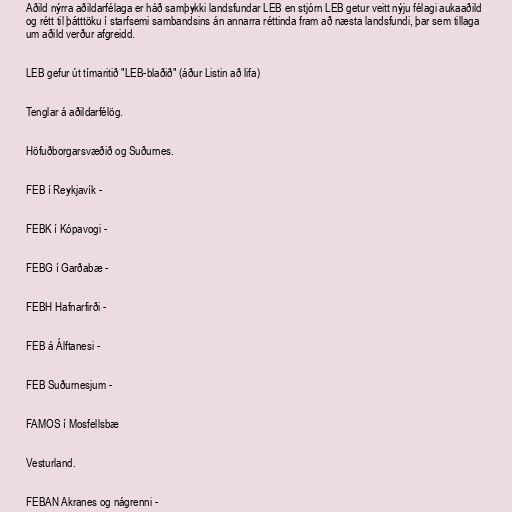
Aðild nýrra aðildarfélaga er háð samþykki landsfundar LEB en stjórn LEB getur veitt nýju félagi aukaaðild
og rétt til þátttöku í starfsemi sambandsins án annarra réttinda fram að næsta landsfundi, þar sem tillaga
um aðild verður afgreidd.

LEB gefur út tímaritið "LEB-blaðið" (áður Listin að lifa)

Tenglar á aðildarfélög.

Höfuðborgarsvæðið og Suðurnes.

FEB í Reykjavík -

FEBK í Kópavogi -

FEBG í Garðabæ -

FEBH Hafnarfirði -

FEB á Álftanesi -

FEB Suðurnesjum -

FAMOS í Mosfellsbæ

Vesturland.

FEBAN Akranes og nágrenni -